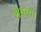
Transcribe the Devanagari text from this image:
शेवत्या